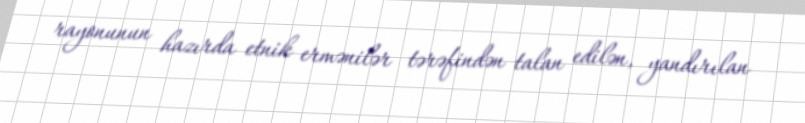
rayonunun hazırda etnik ermənilər tərəfindən talan edilən, yandırılan